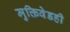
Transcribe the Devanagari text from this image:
मुक्तिवेडही